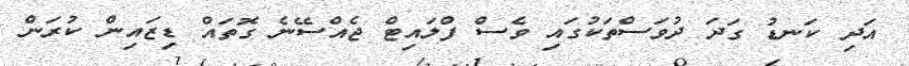
އަދި ކަނޑު ގަދަ ދުވަސްތަކުގައި ވެސް ފްލައިޓް ޖެއްސޭނެ ގޮތައް ޑިޒައިން ކުރަން